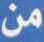
من